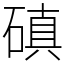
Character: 磌